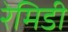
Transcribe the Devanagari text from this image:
रेमिडी